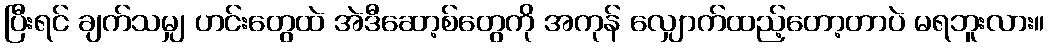
ပြီးရင် ချက်သမျှ ဟင်းတွေထဲ အဲဒီဆော့စ်တွေကို အကုန် လျှောက်ထည့်တော့တာပဲ မရဘူးလား။